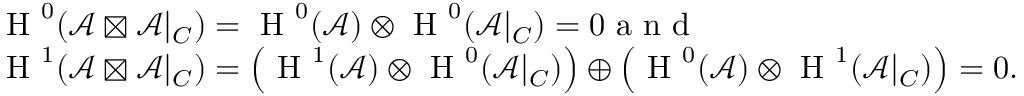
\begin{array} { r l } & { \textnormal { H } ^ { 0 } ( \mathcal { A } \boxtimes \mathcal { A } | _ { C } ) = \textnormal { H } ^ { 0 } ( \mathcal { A } ) \otimes \textnormal { H } ^ { 0 } ( \mathcal { A } | _ { C } ) = 0 \textnormal { a n d } } \\ & { \textnormal { H } ^ { 1 } ( \mathcal { A } \boxtimes \mathcal { A } | _ { C } ) = \left( \textnormal { H } ^ { 1 } ( \mathcal { A } ) \otimes \textnormal { H } ^ { 0 } ( \mathcal { A } | _ { C } ) \right) \oplus \left( \textnormal { H } ^ { 0 } ( \mathcal { A } ) \otimes \textnormal { H } ^ { 1 } ( \mathcal { A } | _ { C } ) \right) = 0 . } \end{array}